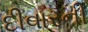
દીવારની